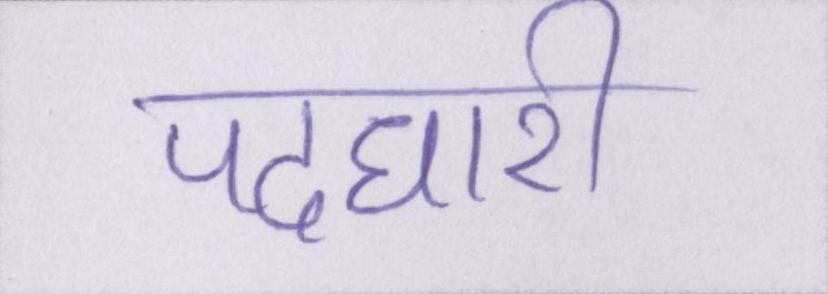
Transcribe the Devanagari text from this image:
पदधारी